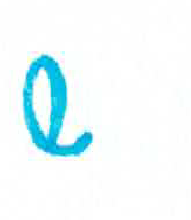
אות: ש